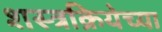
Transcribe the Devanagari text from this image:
शस्त्रक्रियेच्या